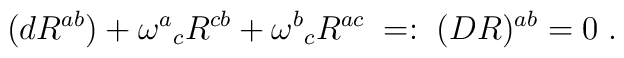
(dR^{ab})+\omega ^{a}{}_{c}R^{cb}+\omega ^{b}{}_{c}R^{ac}\; =:\; (DR)^{ab}=0\; .